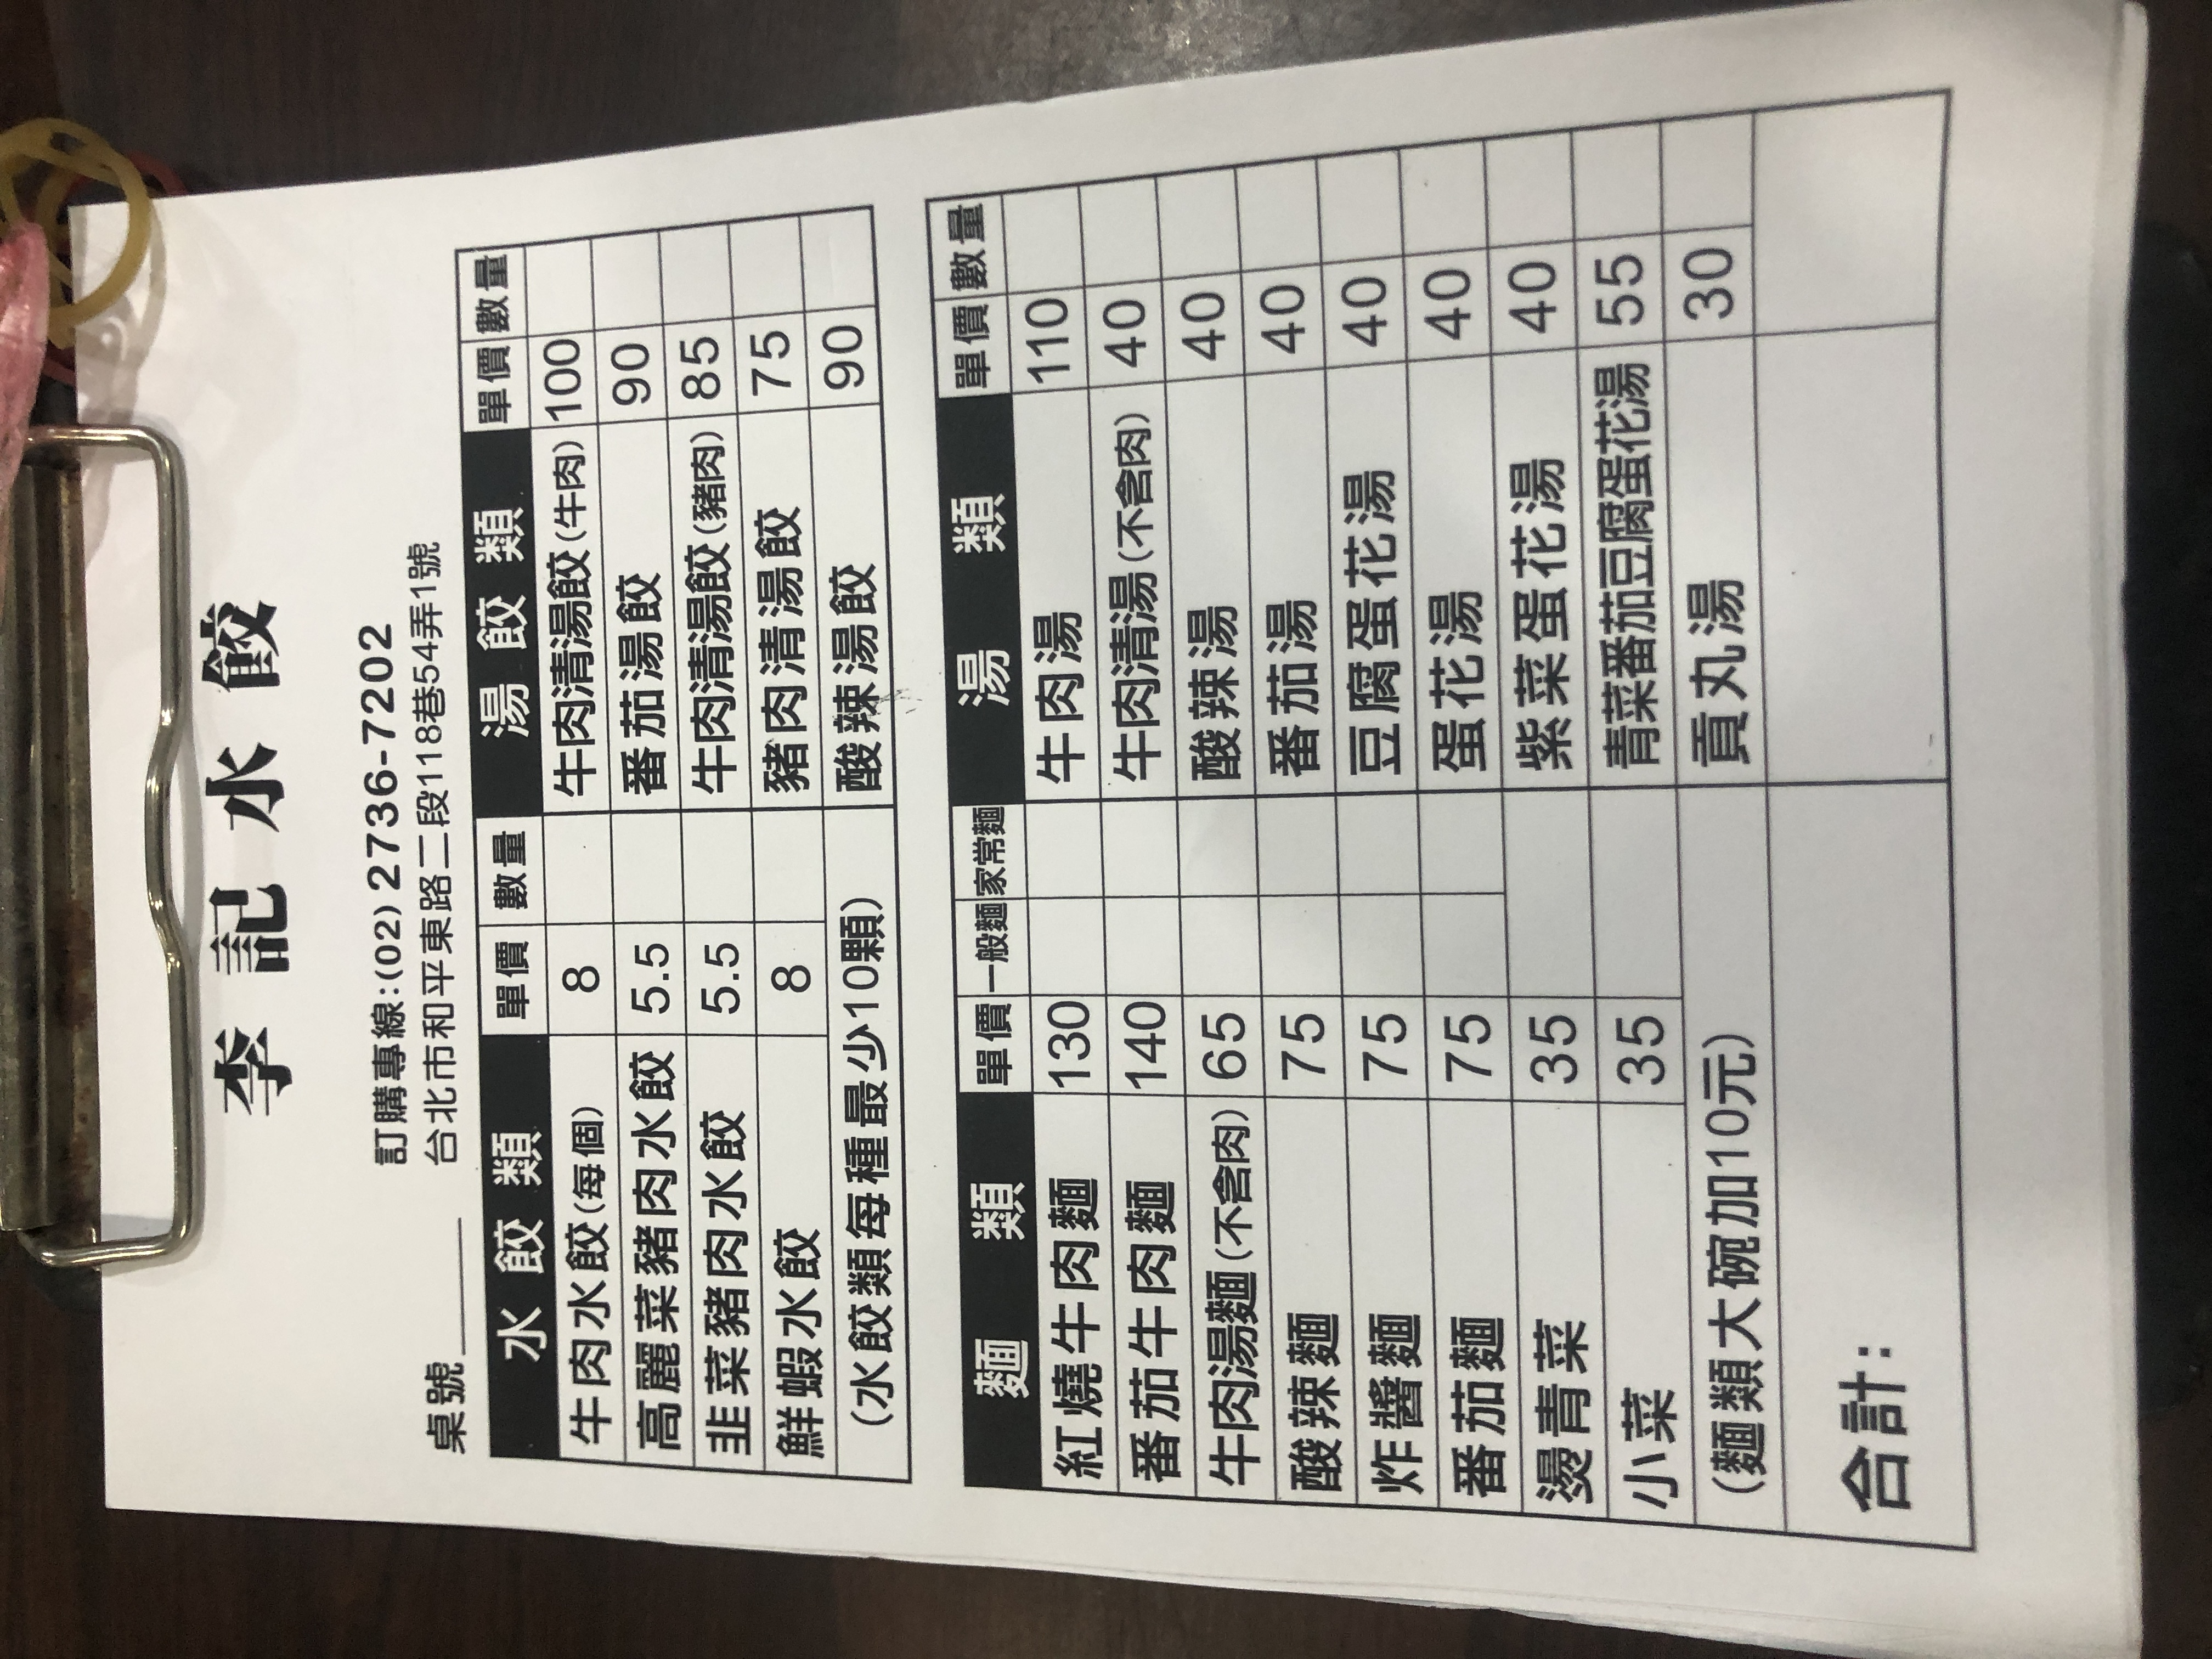
餐廳：李記水餃
地址：台北市和平東路二段118巷54弄1號
電話：(02)2736-7202
菜單：
name: 紅燒牛肉麵
price: 130
name: 番茄牛肉麵
price: 140
name: 牛肉湯麵(不含肉)
price: 65
name: 酸辣麵
price: 75
name: 炸醬麵
price: 75
name: 番茄麵
price: 75
name: 燙青菜
price: 35
name: 小菜
price: 35
name: 牛肉湯
price: 110
name: 牛肉清湯(不含肉)
price: 40
name: 酸辣湯
price: 40
name: 番茄湯
price: 40
name: 豆腐蛋花湯
price: 40
name: 蛋花湯
price: 40
name: 紫菜蛋花湯
price: 40
name: 青菜番茄豆腐蛋花湯
price: 55
name: 貢丸湯
price: 30
name: 牛肉水餃(每個)
price: 8
name: 高麗菜豬肉水餃
price: 5.5
name: 韭菜豬肉水餃
price: 5.5
name: 鮮蝦水餃
price: 8
name: 牛肉清湯餃(牛肉)
price: 100
name: 番茄湯餃
price: 90
name: 牛肉清湯餃(豬肉)
price: 85
name: 豬肉清湯餃
price: 75
name: 酸辣湯餃
price: 90